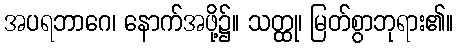
အပရဘာဂေ၊ နောက်အဖို့၌။ သတ္ထု၊ မြတ်စွာဘုရား၏။